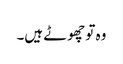
وہ تو چھوٹے ہیں۔